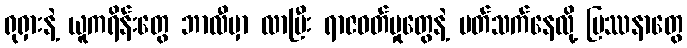
ရုရှားနဲ့ ယူကရိန်းတွေ ဘာလီမှာ လာပြီး ရာဇဝတ်မှုတွေနဲ့ ပတ်သက်နေလို့ ပြဿနာတွေ